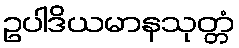
ဥပါဒိယမာနသုတ္တံ